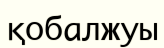
қобалжуы